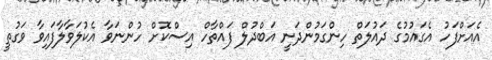
އެއަށްފަހު އެގައުމުގެ ދައުލަތް ހިންގަމުންދަނީ އަބްދުލް ފައްތާހް އިސްކޮށް ހުންނަވާ އެކުލަވާލާފައިވާ ވަގުތީ